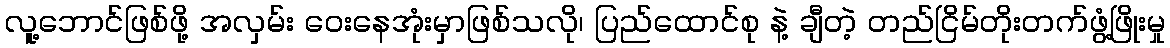
လူ့ဘောင်ဖြစ်ဖို့ အလှမ်း ဝေးနေအုံးမှာဖြစ်သလို၊ ပြည်ထောင်စု နဲ့ ချီတဲ့ တည်ငြိမ်တိုးတက်ဖွံ့ဖြိုးမှု